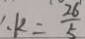
\therefore k = \frac { 2 6 } { 5 }